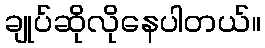
ချုပ်ဆိုလိုနေပါတယ်။